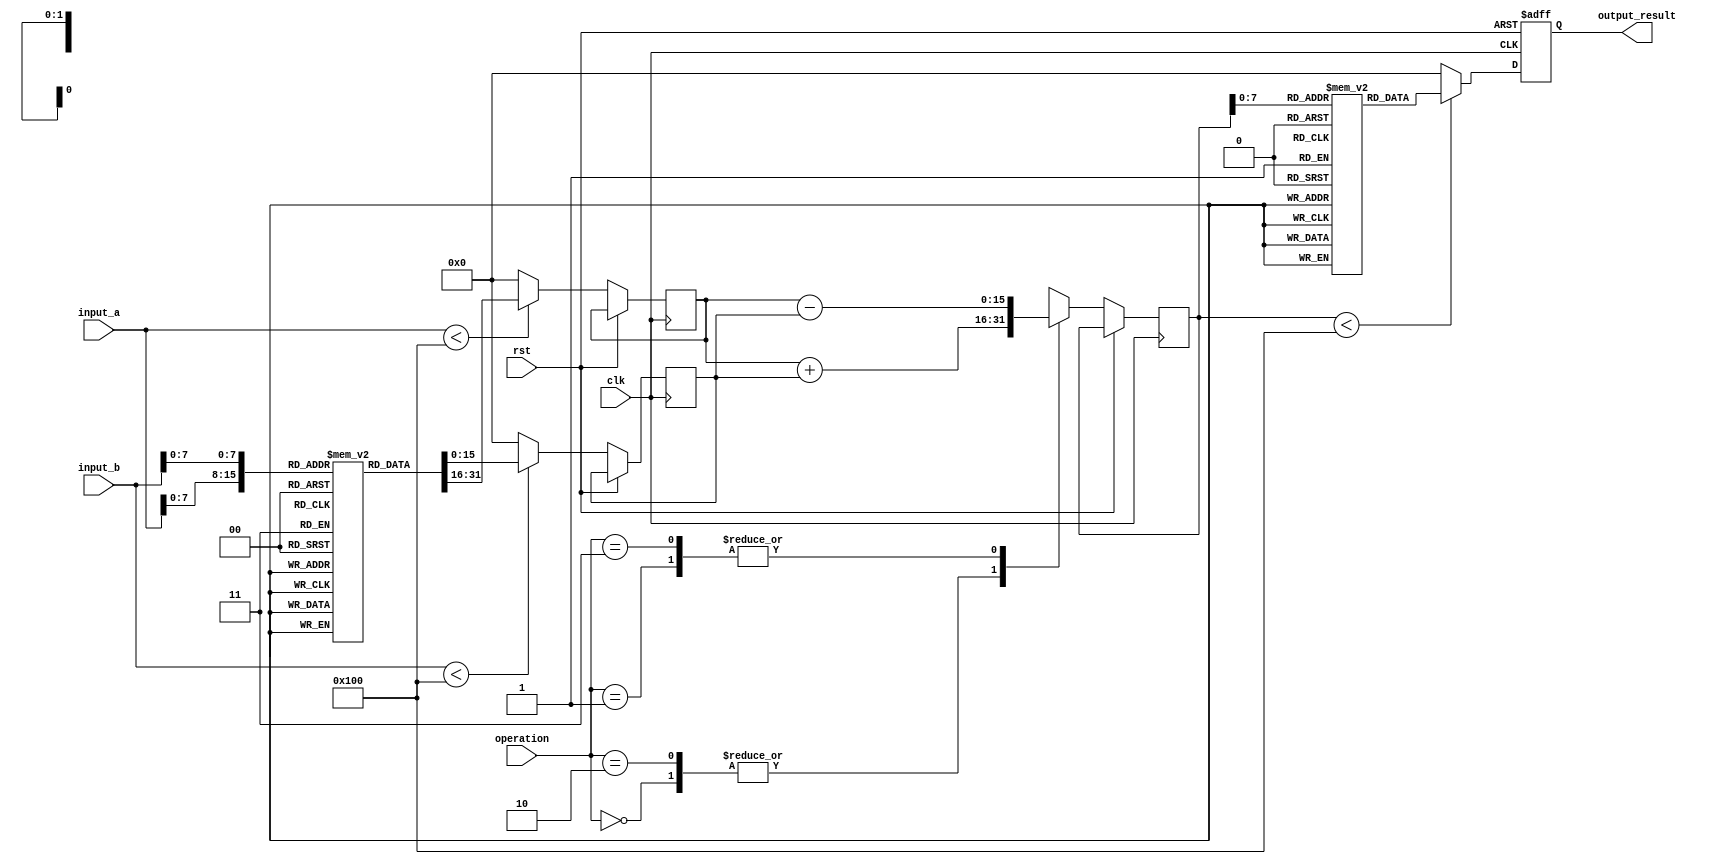
module LogarithmBasedDSPU (
    input wire clk,
    input wire rst,
    input wire [15:0] input_a, // Linear input A
    input wire [15:0] input_b, // Linear input B
    input wire [1:0] operation, // 00: addition, 01: subtraction, 10: multiplication, 11: division
    output reg [15:0] output_result // Linear output result
);

// Parameters
parameter LOG_LUT_SIZE = 256;
reg [15:0] log_lut [0:LOG_LUT_SIZE-1]; // Logarithm LUT
reg [15:0] exp_lut [0:LOG_LUT_SIZE-1]; // Exponential LUT

// Logarithm and Exponential initialization
initial begin
    // Initialize log LUT (example values)
    // This should be filled with actual logarithmic values
    // for x = 1 to 256 (base 2 or any chosen base)
    // log_lut[0] = 0; log_lut[1] = 0; // ... fill the rest

    // Initialize exp LUT (example values)
    // This should be filled with actual exponential values
    // for respective logarithmic values
    // exp_lut[0] = 1; exp_lut[1] = 2; // ... fill the rest
end

// Internal signals
reg [15:0] log_a;
reg [15:0] log_b;
reg [15:0] log_result;

// Logarithmic conversion function
function [15:0] log_conversion;
    input [15:0] linear_value;
    begin
        if (linear_value < LOG_LUT_SIZE)
            log_conversion = log_lut[linear_value]; // Look-up
        else
            log_conversion = 0; // Handle out of LUT range
    end
endfunction

// Exponential conversion function
function [15:0] exp_conversion;
    input [15:0] log_value;
    begin
        if (log_value < LOG_LUT_SIZE)
            exp_conversion = exp_lut[log_value]; // Look-up
        else
            exp_conversion = 0; // Handle out of LUT range
    end
endfunction

// Main processing block
always @(posedge clk or posedge rst) begin
    if (rst) begin
        output_result <= 0;
    end else begin
        // Convert inputs to logarithmic domain
        log_a <= log_conversion(input_a);
        log_b <= log_conversion(input_b);

        // Perform operations in logarithmic domain
        case (operation)
            2'b00: log_result <= log_a + log_b; // Logarithmic addition
            2'b01: log_result <= log_a - log_b; // Logarithmic subtraction
            2'b10: log_result <= log_a + log_b; // Logarithmic multiplication (addition in log domain)
            2'b11: log_result <= log_a - log_b; // Logarithmic division (subtraction in log domain)
            default: log_result <= 0;
        endcase

        // Convert result back to linear domain
        output_result <= exp_conversion(log_result);
    end
end

endmodule